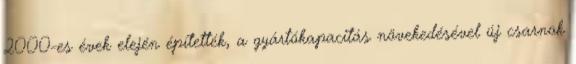
2000-es évek elején építették, a gyártókapacitás növekedésével új csarnok